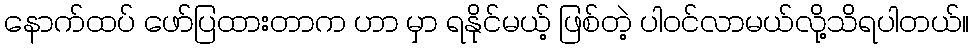
နောက်ထပ် ဖော်ပြထားတာက ဟာ မှာ ရနိုင်မယ့် ဖြစ်တဲ့ ပါ၀င်လာမယ်လို့သိရပါတယ်။